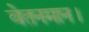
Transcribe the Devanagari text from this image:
वेतनमान।